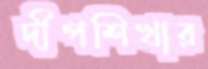
দীপশিখার